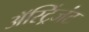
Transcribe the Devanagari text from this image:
अॅस्ट्रिंजंट